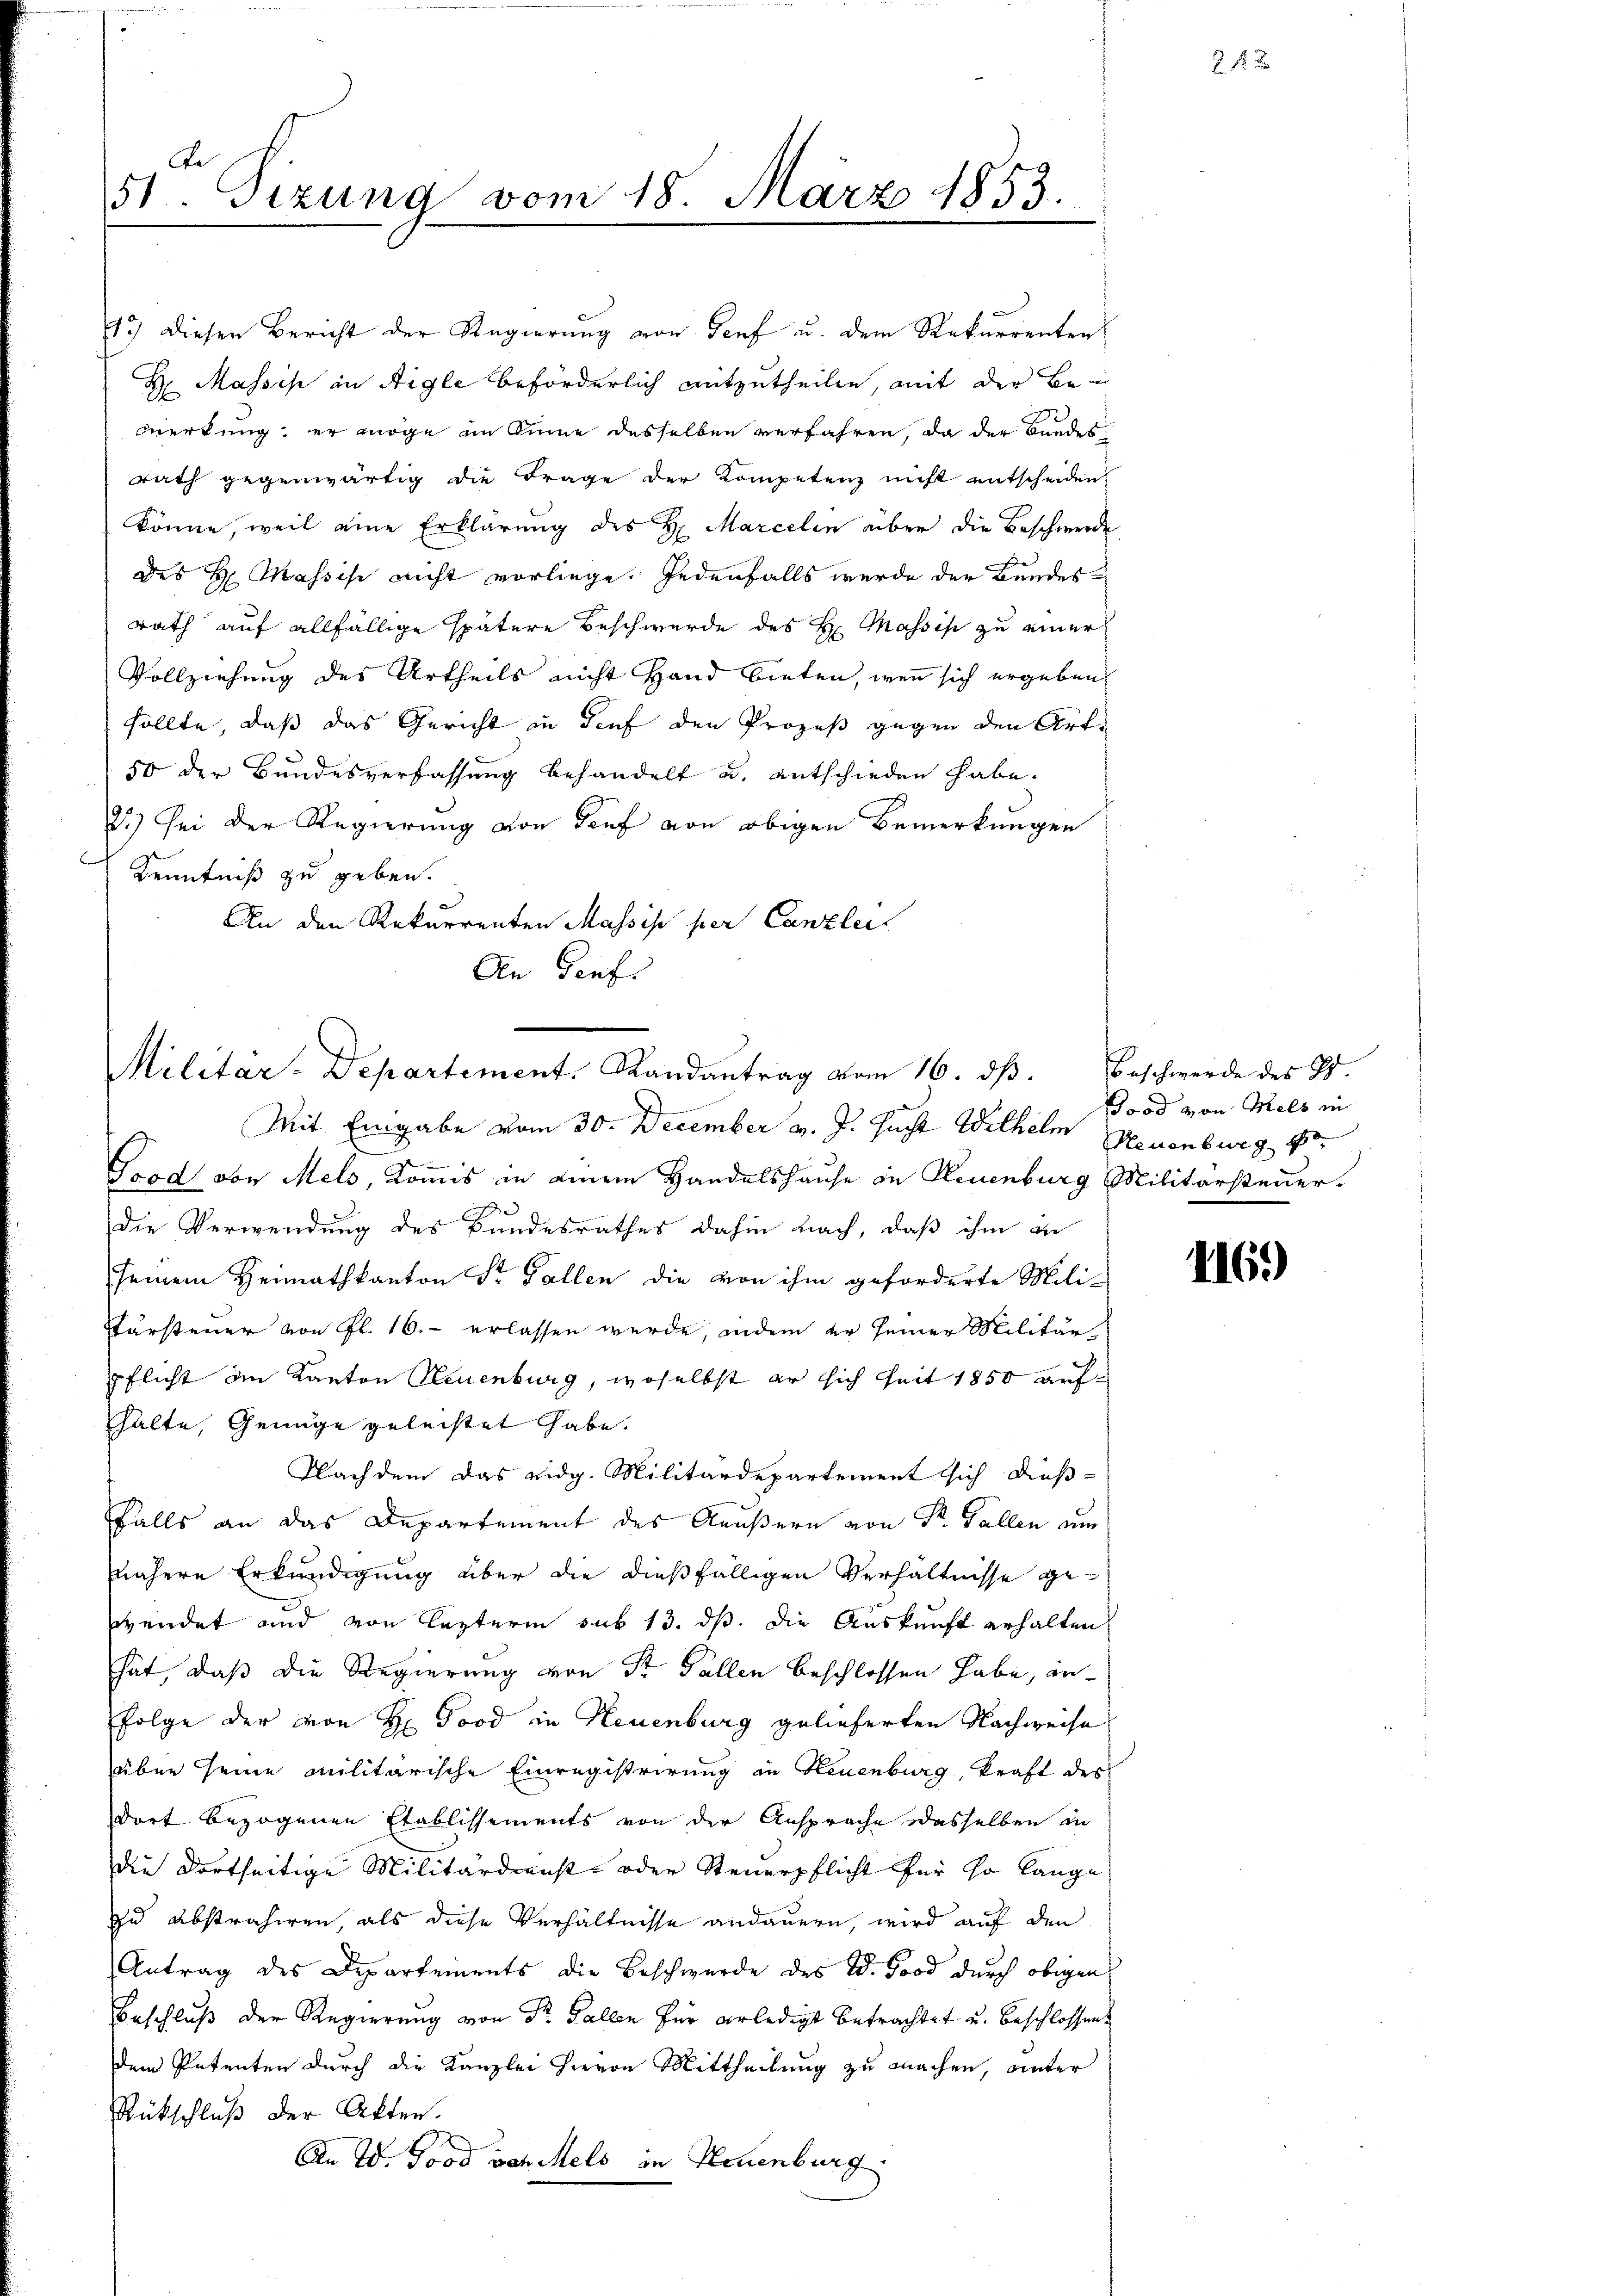
Be
51. Sizung vom 18. März 1853.

13.) Diesen Bericht der Regierung von Genf u. dem Rekurrenten
H Massis in Aigle beförderlich mitzutheilen, mit der Bemerkung: er möge im Sinne desselben verfahren, da der Bundes
rath gegenwärtig die Frage der Kompetenz nicht entscheiden
könne, weil eine Erklärung des H. Marcelen über die Beschwerde
des H. Massise nicht vorliege. Jedenfalls werde der Bundes
rath auf allfällige spätere Beschwerde des H: Massis zu einer
Vollziehung des Urtheils nicht Hand bieten, wenn sich ergeben
sollte, daß das Gericht in Tief den Prozeß gegen den Art.
50 der Bundesverfassung behandelt u. entschieden habe.
2.) Sei der Regierung von Torf von obigen Bemerkungen
Kenntniß zu geben.
An den Rekurrenten Massis per Canzlei
An Senti

Militar-Departement. Randantrag vom 16. dβ.

Mit Eingabe vom 30. December v. J. sucht Wilhelm Neuenburg p
Grad von Mels, Kommis in einem Handelshause in Neuenburg Militärsteuer.
e
Die Verwendung des Bundesrathes dahin nach, daß ihm in
seinem Heimathkanton Sr. Gallen die von ihm geforderte Mili-
Ptursteuer von fl. 16. erlassen wurde, indem er seiner Militär-
pflicht im Kanton Neuenburg, woselbst er sich seit 1850 aufhalte, Genüge geleistet habe.
Nachdem das eidg. Militärdepartement sich dießfalls an das Departement des Aeußern von Dr. Gallen um
nähere Erkundigung über die dießfälligen Verhältnisse gewendet und von leztern sub 13. ds. die Auskunft erhalten.
hat, daß die Regierung von Sr Fallen beschlossen habe, an¬
Folge der von H Good in Neuenburg gelieferten Nachweise
über seine Militärische Einregistrirung in Neuenburg, Kraft des
dort bezogenen Etablissements von der Ansprache dasselben in
die dortseitige Militärdienst oder Steuerpflicht für so lange
zu abstrahiren, als diese Verhältnisse andauern, wird auf den
Antrag des Departements die Beschwerde des W. Good durch obigen
Beschluß der Regierung von Dr. Fallen für erledigt betrachtet u. beschlossens
dem Petenten durch die Kanzlei hieron Mittheilung zu machen, unter
Rückschluß der Akten.
An W. Good von Mels in Neuenburg

Beschwerde des St.
oad von Mels in

24 x

II6.)